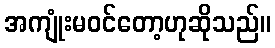
အကျုံးမဝင်တော့ဟုဆိုသည်။